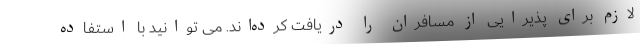
لازم برای پذیرایی از مسافران را دریافت کرده‌اند. می توانید با استفاده